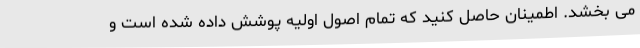
می بخشد. اطمینان حاصل کنید که تمام اصول اولیه پوشش داده شده است و